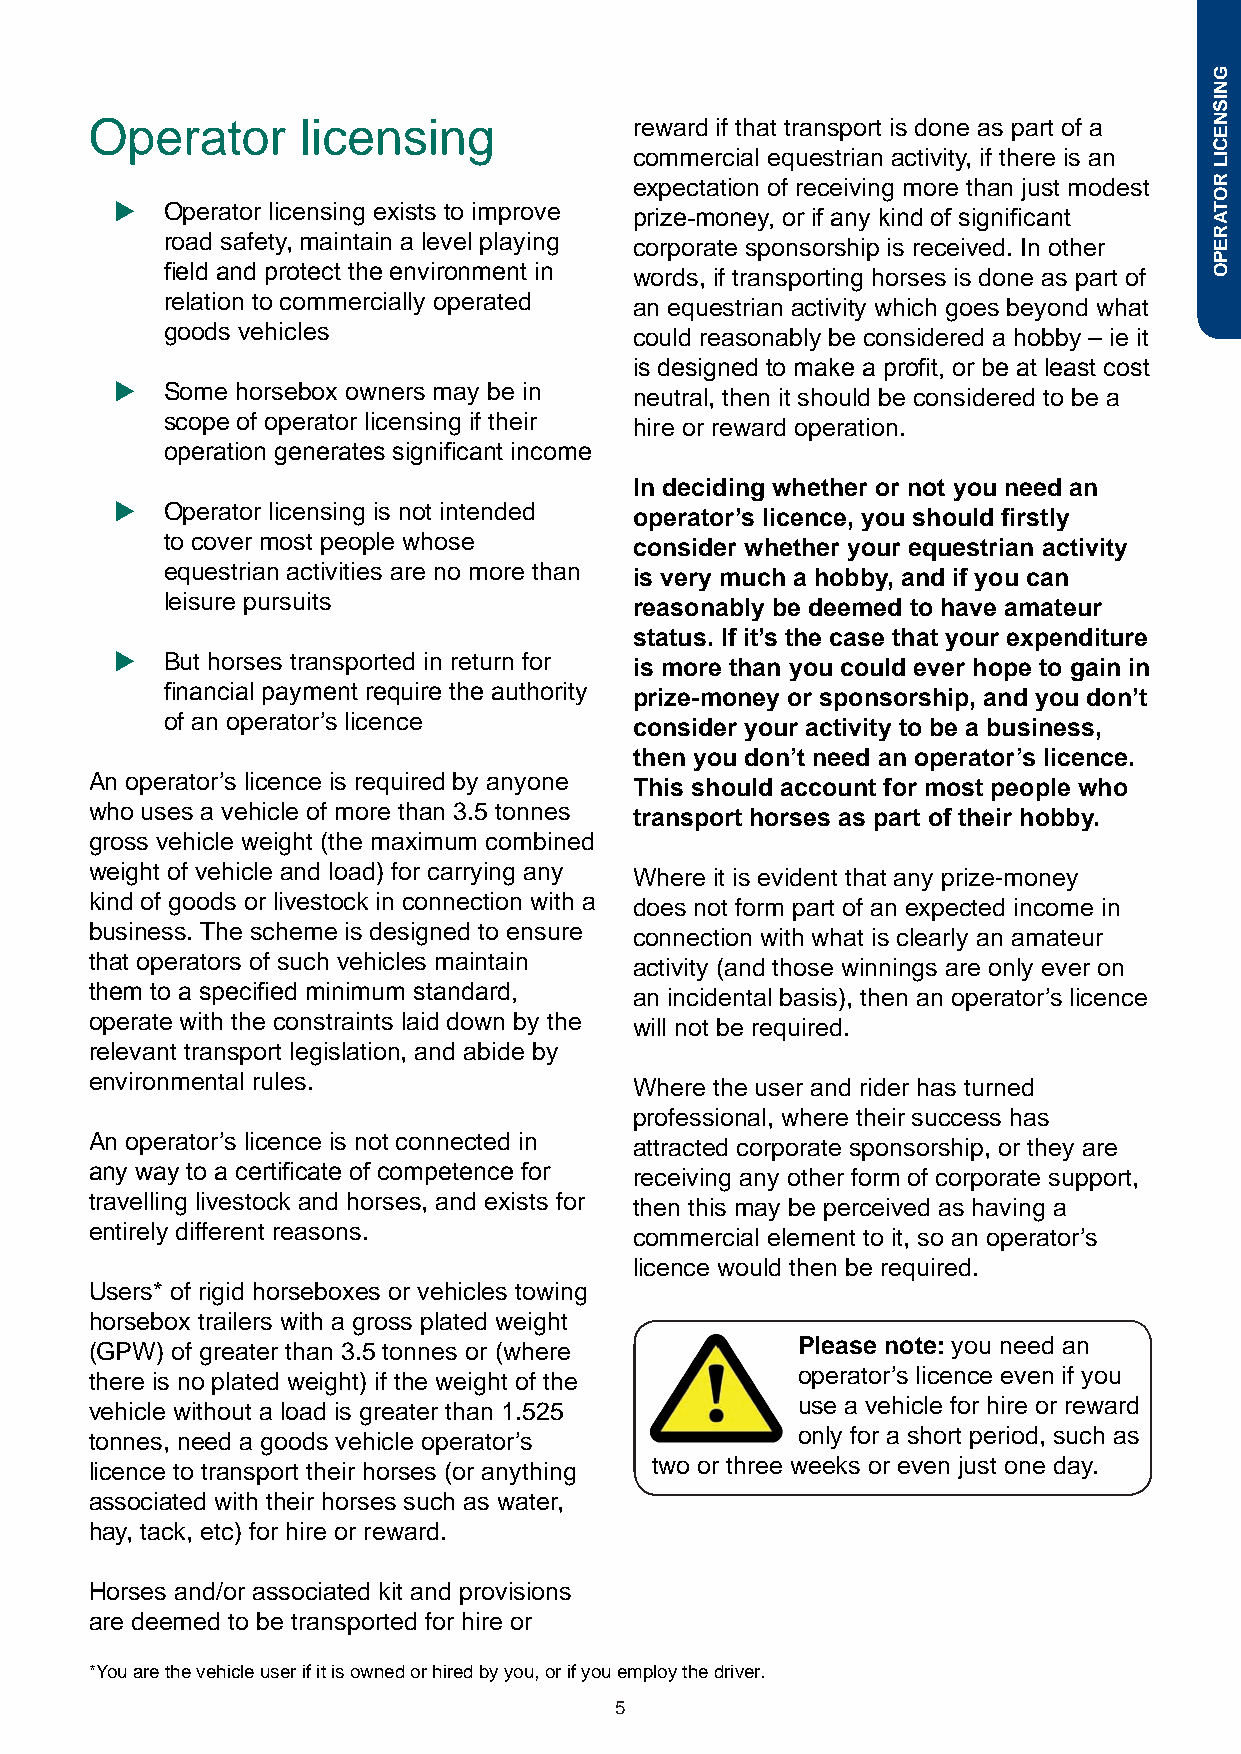
Operator      licensing             reward if that transport is done as part of a
 commercial equestrian activity, if there is an
 expectation of receiving more than just modest
 u  Operator licensing exists to improve
 prize-money, or if any kind of significant
 road safety, maintain a level playing
 corporate sponsorship is received. In other
 field and protect the environment in
 words, if transporting horses is done as part of
 relation to commercially operated
 an equestrian activity which goes beyond what
 goods vehicles
 could reasonably be considered a hobby – ie it
 is designed to make a profit, or be at least cost
 u  Some horsebox owners may be in
 neutral, then it should be considered to be a
 scope of operator licensing if their
 hire or reward operation.
 operation generates significant income
 In deciding whether or not you need an
 u  Operator licensing is not intended
 operator’s licence, you should firstly
 to cover most people whose
 consider whether your equestrian activity
 equestrian activities are no more than
 is very much a hobby, and if you can
 leisure pursuits
 reasonably be deemed to have amateur
 status. If it’s the case that your expenditure
 u  But horses transported in return for
 is more than you could ever hope to gain in
 financial payment require the authority
 prize-money or sponsorship, and you don’t
 of an operator’s licence
 consider your activity to be a business,
 then you don’t need an operator’s licence.
 An operator’s licence is required by anyone
 This should account for most people who
 who uses a vehicle of more than 3.5 tonnes
 transport horses as part of their hobby.
 gross vehicle weight (the maximum combined
 weight of vehicle and load) for carrying any
 Where it is evident that any prize-money
 kind of goods or livestock in connection with a
 does not form part of an expected income in
 business. The scheme is designed to ensure
 connection with what is clearly an amateur
 that operators of such vehicles maintain
 activity (and those winnings are only ever on
 them to a specified minimum standard,
 an incidental basis), then an operator’s licence
 operate with the constraints laid down by the
 will not be required.
 relevant transport legislation, and abide by
 environmental rules.
 Where the user and rider has turned
 professional, where their success has
 An operator’s licence is not connected in
 attracted corporate sponsorship, or they are
 any way to a certificate of competence for
 receiving any other form of corporate support,
 travelling livestock and horses, and exists for
 then this may be perceived as having a
 entirely different reasons.
 commercial element to it, so an operator’s
 licence would then be required.
 Users* of rigid horseboxes or vehicles towing
 horsebox trailers with a gross plated weight
 (GPW) of greater than 3.5 tonnes or (where     Please note: you need an
 there is no plated weight) if the weight of the operator’s licence even if you
 vehicle without a load is greater than 1.525   use a vehicle for hire or reward
 tonnes, need a goods vehicle operator’s        only for a short period, such as
 licence to transport their horses (or anything two or three weeks or even just one day.
 associated with their horses such as water,
 hay, tack, etc) for hire or reward.
 Horses and/or associated kit and provisions
 are deemed to be transported for hire or
 *You are the vehicle user if it is owned or hired by you, or if you employ the driver.
 5
 GNISNECIL
 ROTAREPO